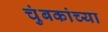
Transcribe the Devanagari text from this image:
चुंबकांच्या